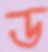
ড